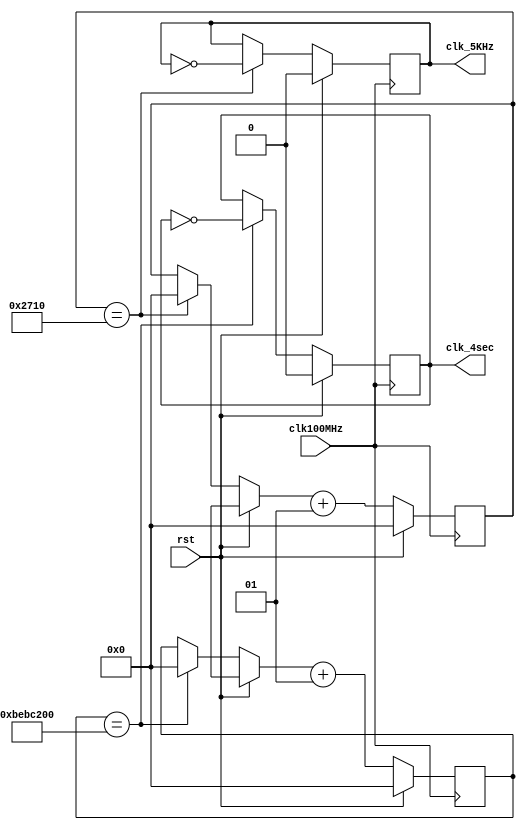
`timescale 1ns / 1ps
module clk_gen(clk100MHz, rst, clk_4sec, clk_5KHz);
input clk100MHz, rst;
output clk_4sec, clk_5KHz;
reg clk_4sec, clk_5KHz;
integer count, count1;
always@(posedge clk100MHz)
begin
if(rst)
begin
count = 0;
count1 = 0;
clk_4sec = 0;
clk_5KHz =0;
end
else
begin
if(count == 200000000)
begin
clk_4sec = ~clk_4sec;
count = 0;
end
if(count1 == 10000)
begin
clk_5KHz = ~clk_5KHz;
count1 = 0;
end
count = count + 1;
count1 = count1 + 1;
end
end
endmodule // end clk_gen